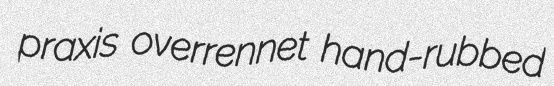
praxis overrennet hand-rubbed